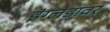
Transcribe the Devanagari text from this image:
इंग्लंडावर